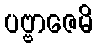
ပဗ္ဗာဇေမိ